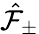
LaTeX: \hat{\mathcal{F}}_{\pm}